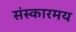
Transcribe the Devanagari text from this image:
संस्कारमय